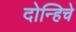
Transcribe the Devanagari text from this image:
दोन्हिचे